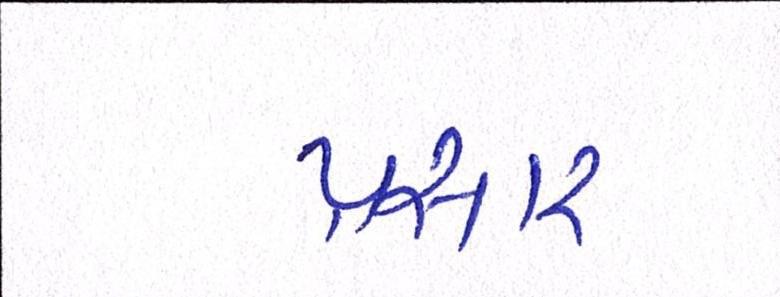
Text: પ્રસાર